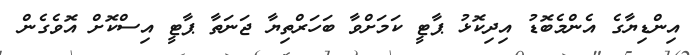
އިންޑިޔާގެ އެންމެބޮޑު އިދިކޮޅު ޕާޓީ ކަމަށްވާ ބަހަރްތިޔާ ޖަނަތާ ޕާޓީ އިސްކޮށް އޮވެގެން